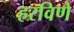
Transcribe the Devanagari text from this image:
हरविणे